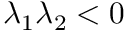
\lambda _ { 1 } \lambda _ { 2 } < 0